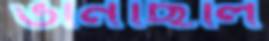
ভানছিলি